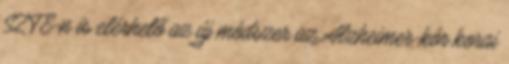
SZTE-n is elérhető az új módszer az Alzheimer-kór korai